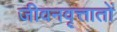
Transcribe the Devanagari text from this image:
जीवनवृत्तातों